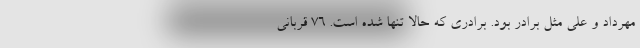
مهرداد و علی مثل برادر بود. برادری که حالا تنها شده است. ۷۶ قربانی